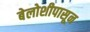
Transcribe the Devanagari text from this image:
बेलोशीपासून